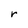
Character: r